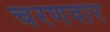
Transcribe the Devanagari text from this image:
चरणवार